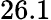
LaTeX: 26.1